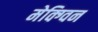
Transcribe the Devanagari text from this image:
मेक्ग्विन